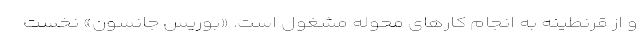
و از قرنطینه به انجام کارهای محوله مشغول است. «بوریس جانسون» نخست